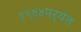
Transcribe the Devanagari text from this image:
१९४४पर्यंत